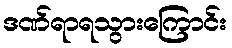
ဒဏ်ရာရသွားကြောင်း